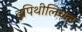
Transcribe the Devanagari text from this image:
इपिथीलियल